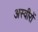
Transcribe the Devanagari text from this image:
अस्वीरों